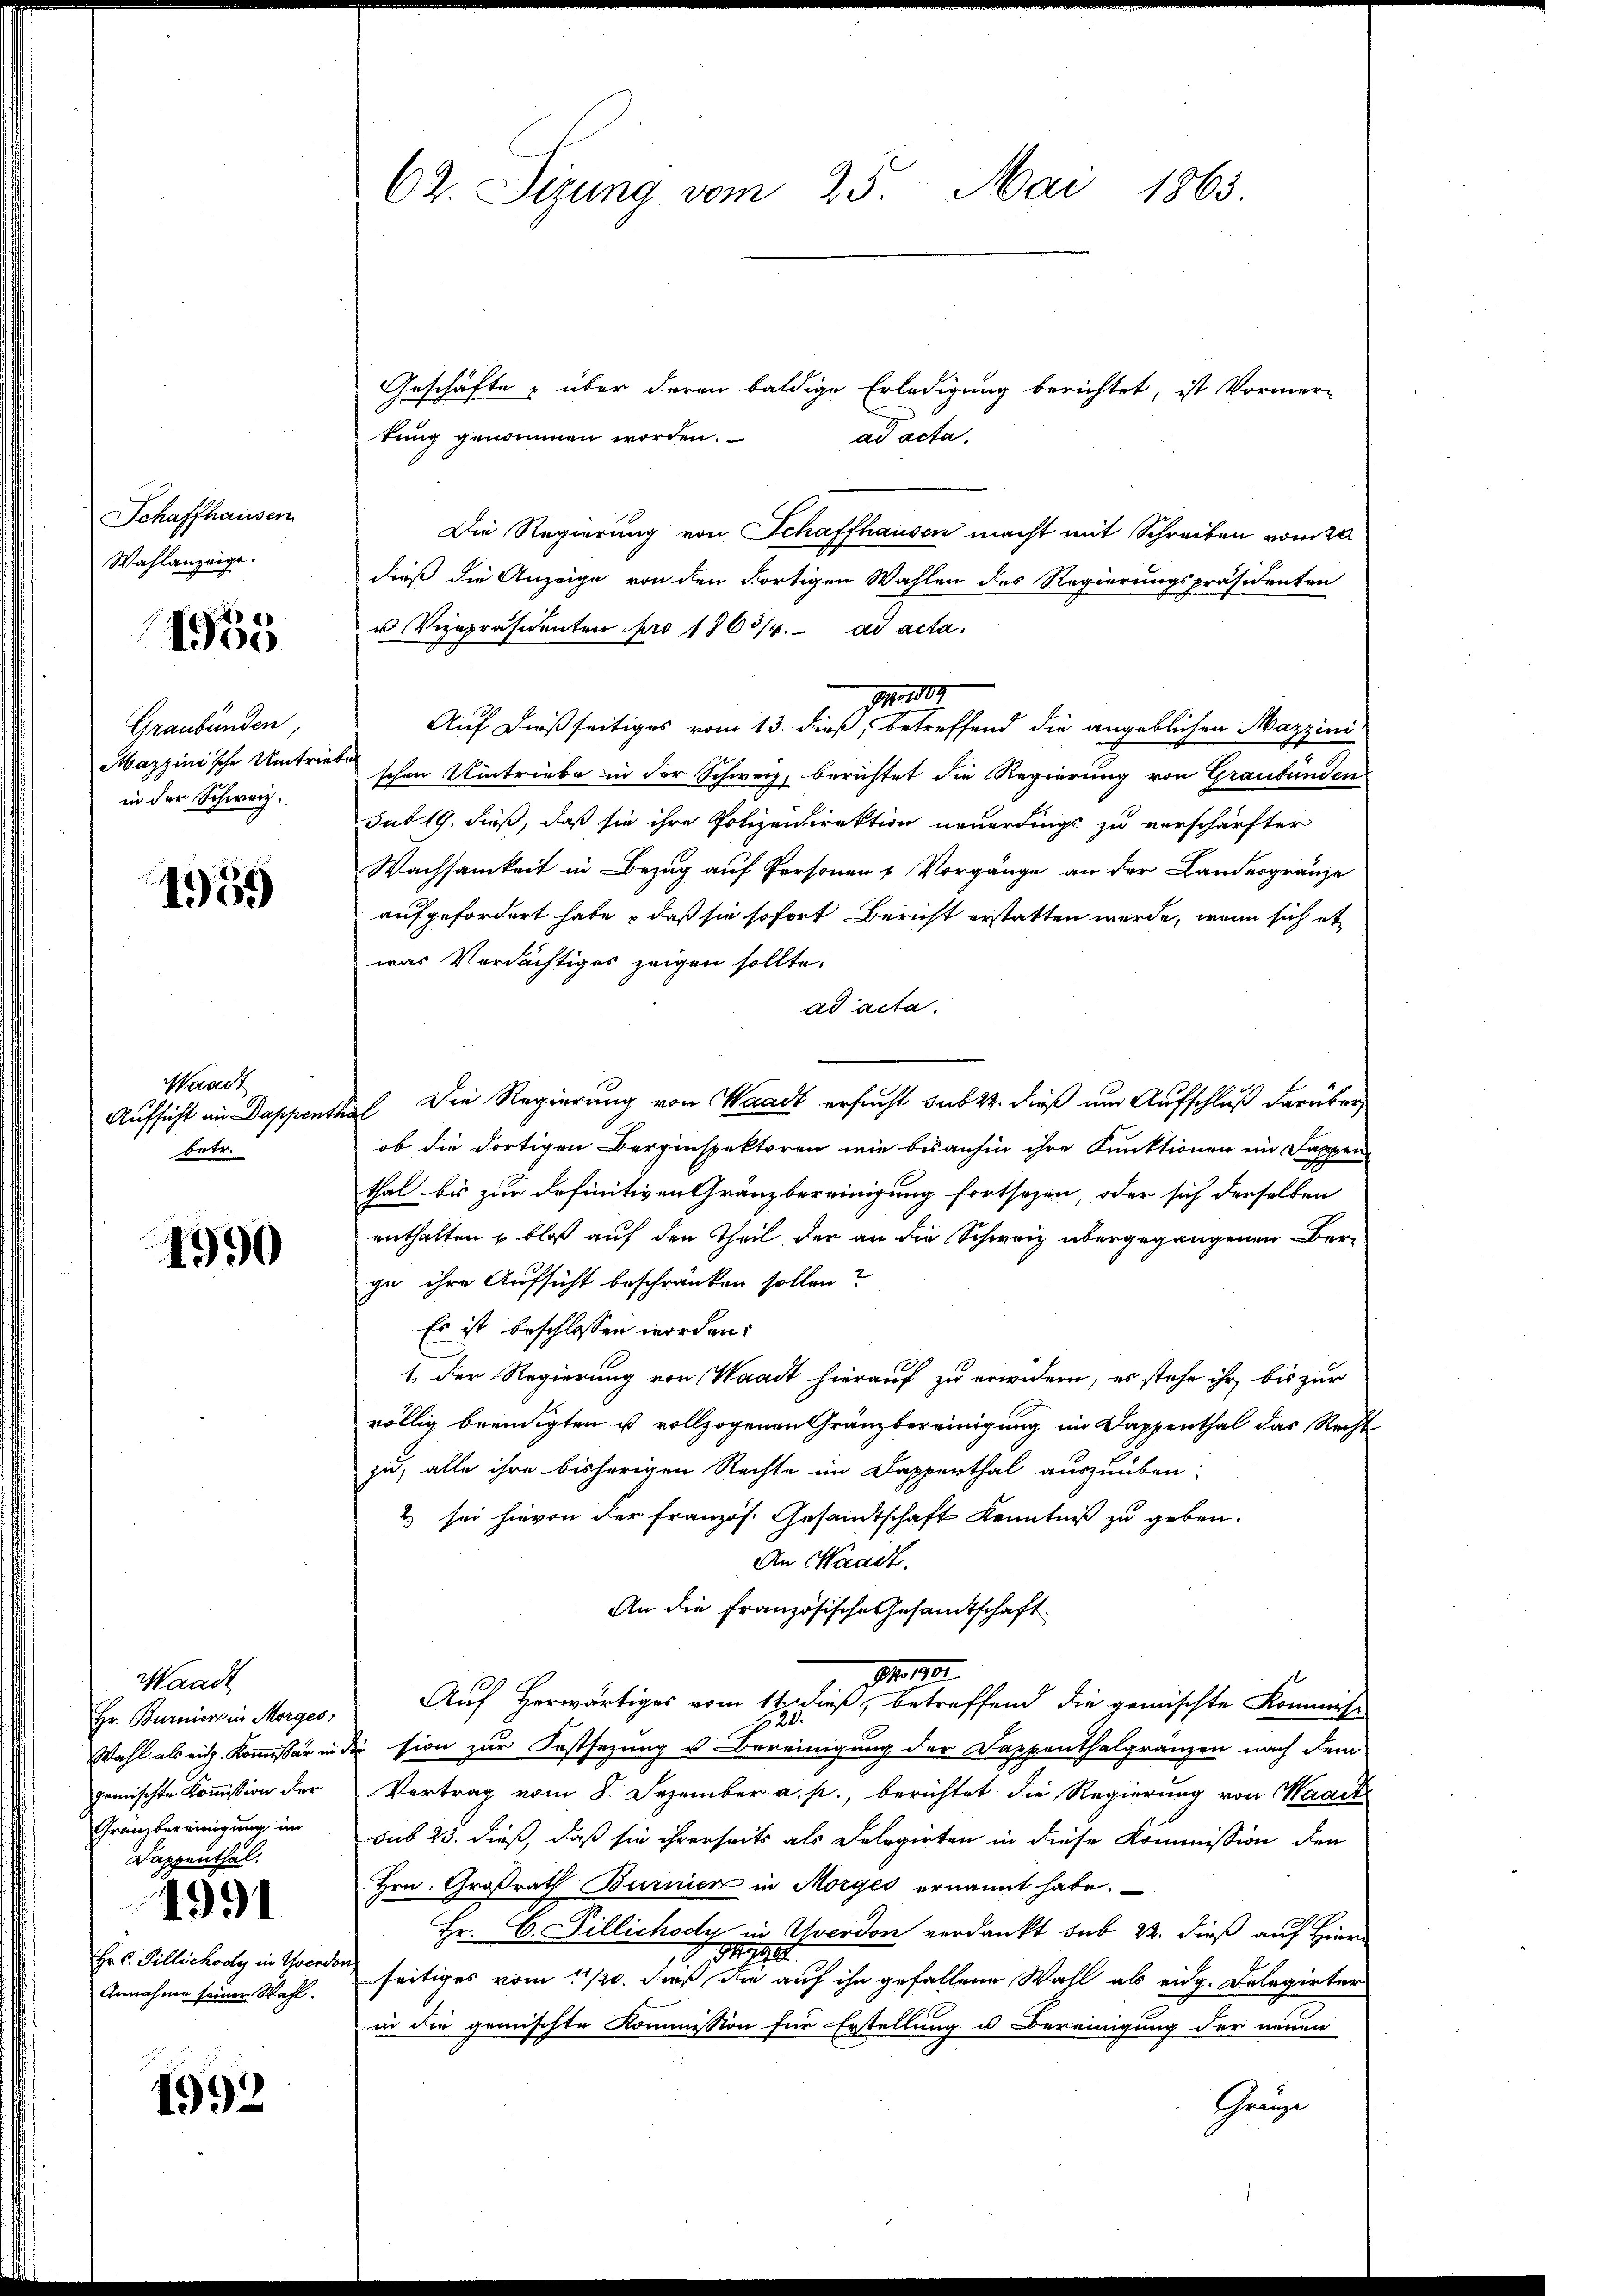
Schaffhausen
Wahlanzeige.
Graubünden,
Mazzinische Umtriebe
in der Schweiz.

1965

1959

Waadt
Aufsicht im Dappenthal
betr.

1990

Waadt
gemischte Kommißion der
Gränzbereinigung im
Dappenthal.
4991
Hr. C. Pillichody in Yverdon
Annahme seiner Wahl.

s
1992

Geschäfte über deren baldige Erledigung berichtet, ist Vormer-
kung genommen worden.
ad acta.
Die Regierung von Schaffhausen macht mit Schreiben vom 20.
dieß die Anzeige von den dortigen Wahlen des Regierungspräsidenten
u Vizepräsidenten pro 1863/4. ad acta.
p. 1889
Auf dießseitiges vom 13. dieß, betreffend die angeblichen Mazzini-
schen Umtriebe in der Schweiz, berichtet die Regierung von Graubünden
sub 19. dieß, daß sie ihre Polizeidirektion neuerdings zu verschärfter
Wachsamkeit in Bezug auf Personen 1 Vorgänge an der Landesgränze
aufgefordert habe, daß sie sofort Bericht erstatten werde, wenn sich et
was Verdächtiges zeigen sollte.
ad acta.
Die Regierung von Waadt ersucht sub 22. dieß um Aufschluß darüber
ob die dortigen Berginspektoren wie bisanhin ihre Kunktionen im Sappen
thal bis zur definitiven Gränzbereinigung fortsezen, oder sich derselben
enthalten u. blos auf den Theil, der an die Schweiz übergegangenen Berge ihre Aufsicht beschränken sollen?
Es ist beschlossen worden:
1. Der Regierung von Waadt hierauf zu erwidern, es stehe ihr bis zur
völlig beendigten ist vollzogenen Gränzbereinigung im Dappenthal das Recht
zu, alle ihre bisherigen Rechte im Dappenthal auszuüben.
2 sei hievon der Französ. Gesandtschaft Kenntniß zu geben.
An Waadt.
An die französische Gesamtschaft
M 18
Hr. Burnierten Morges, Auf herwärtiges vom 11. dieß, betreffend die gemischte Kommis-
20.
Wahl als eidg. Kommissär in die sion zur Festsezung u Bereinigung der Dappenthalgränzen nach dem
Vertrag vom 8. Dezember a. p., berichtet die Regierung von Waadt
sub 23. dieß, daß sie ihrerseits als Delegirten in diese Kommission den
Hrn. Großrath Burnier in Morges ernannt habe.
Hr. C. Pillichody in Yverdon verdankt sub 22. dieß auf Hier-
19
seitiges vom 11/20. dieß die auf ihn gefallene Wahl als eidg. Delegirter
in die gemischte Kommission für Erstellung u Bereinigung der neuen
Gherige

62. Sizung vom 25. Mai 1863.